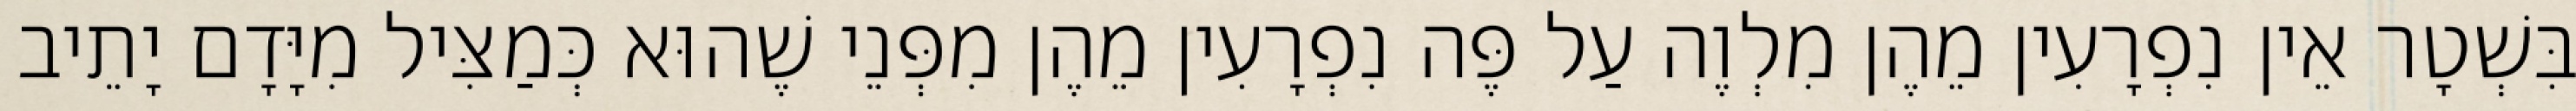
בִּשְׁטָר אֵין נִפְרָעִין מֵהֶן מִלְוֶה עַל פֶּה נִפְרָעִין מֵהֶן מִפְּנֵי שֶׁהוּא כְּמַצִּיל מִיָּדָם יָתֵיב